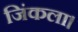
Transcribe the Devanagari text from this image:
जिंकला।